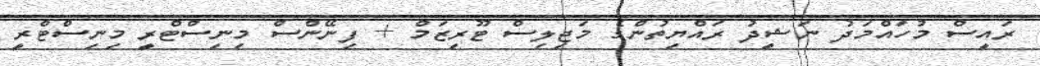
ރައީސް މުހައްމަދު ނަޝީދު ރައްޔިތުންގެ މަޖިލިސް ޓޫރިޒަމް + ފިނޭންސް މިނިސްޓްރީ މިނިސްޓްރީ